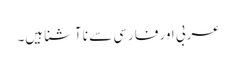
عربی اور فارسی سے نا آشنا ہیں۔